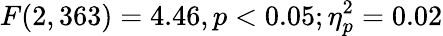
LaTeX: F(2,363)=4.46,p<0.05;\eta_{p}^{2}=0.02